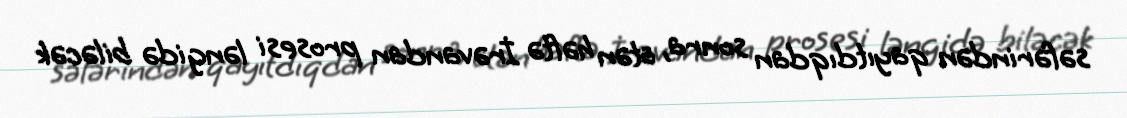
səfərindən qayıtdıqdan sonra, ötən həftə İrəvandan prosesi ləngidə biləcək